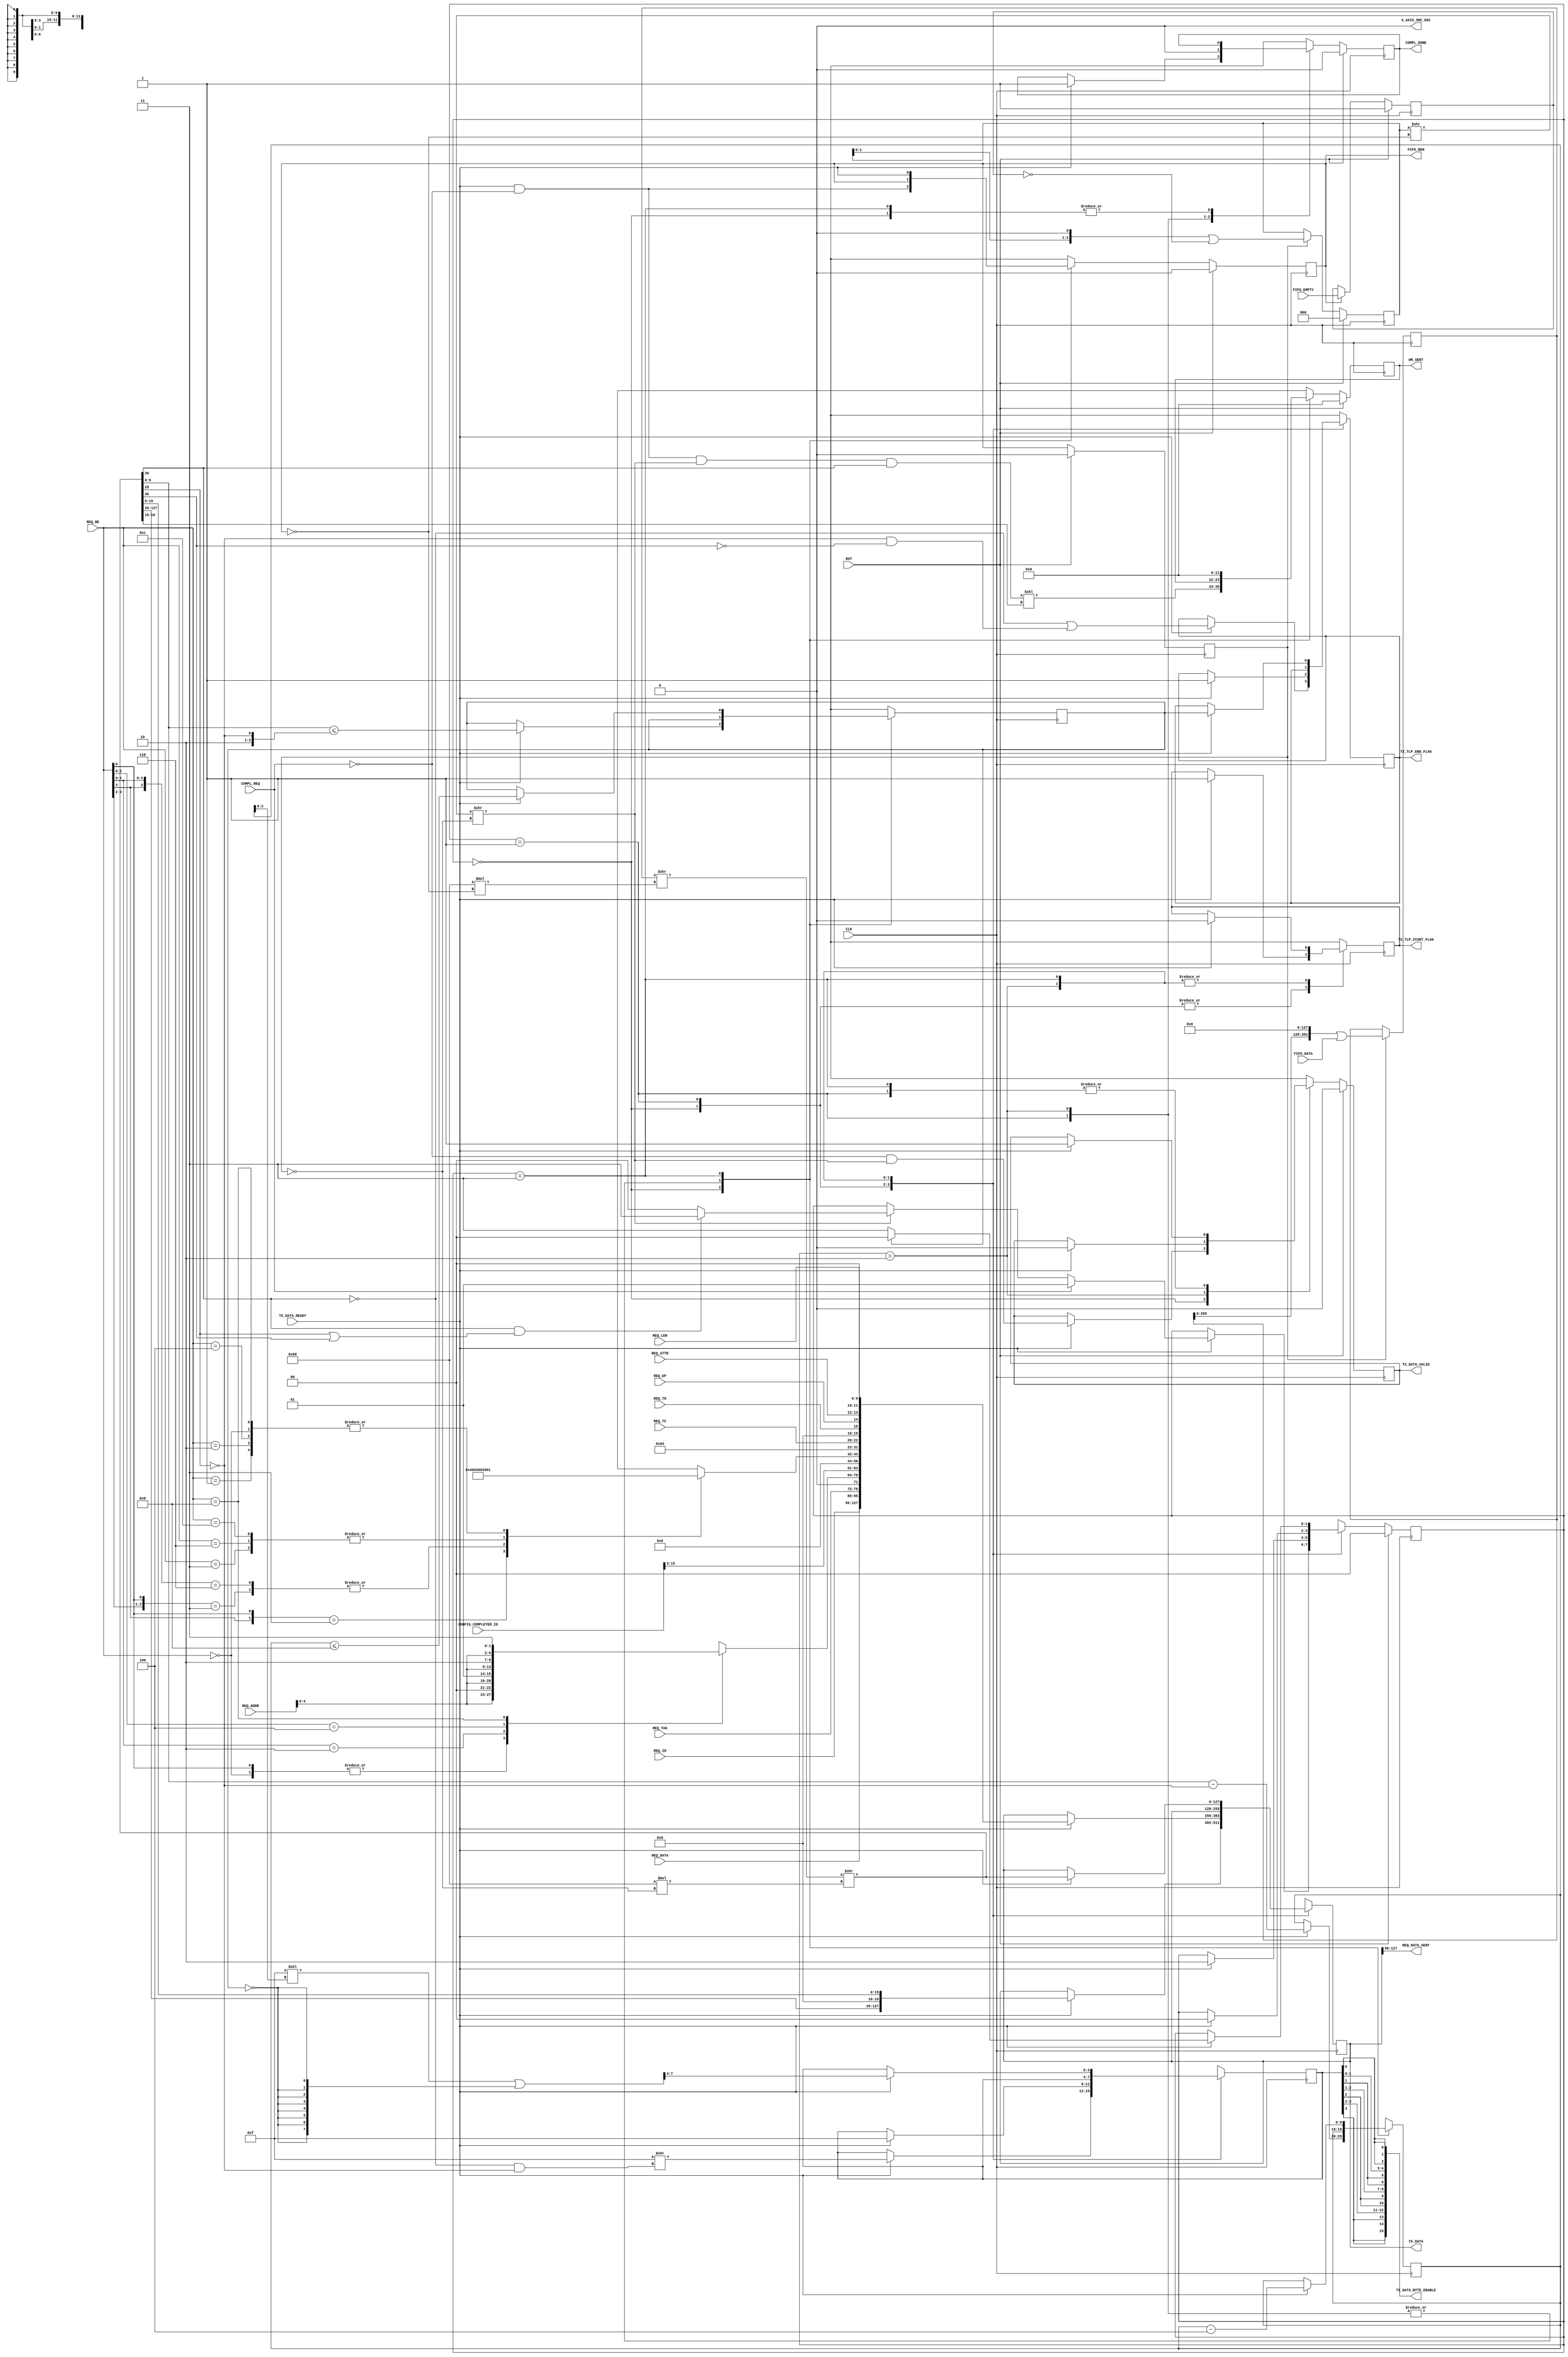
`timescale 1ns/1ns
//----------------------------------------------------------------------------
// This software is Copyright  2012 The Regents of the University of 
// California. All Rights Reserved.
//
// Permission to copy, modify, and distribute this software and its 
// documentation for educational, research and non-profit purposes, without 
// fee, and without a written agreement is hereby granted, provided that the 
// above copyright notice, this paragraph and the following three paragraphs 
// appear in all copies.
//
// Permission to make commercial use of this software may be obtained by 
// contacting:
// Technology Transfer Office
// 9500 Gilman Drive, Mail Code 0910
// University of California
// La Jolla, CA 92093-0910
// (858) 534-5815
// invent@ucsd.edu
// 
// This software program and documentation are copyrighted by The Regents of 
// the University of California. The software program and documentation are 
// supplied "as is", without any accompanying services from The Regents. The 
// Regents does not warrant that the operation of the program will be 
// uninterrupted or error-free. The end-user understands that the program was 
// developed for research purposes and is advised not to rely exclusively on 
// the program for any reason.
// 
// IN NO EVENT SHALL THE UNIVERSITY OF CALIFORNIA BE LIABLE TO
// ANY PARTY FOR DIRECT, INDIRECT, SPECIAL, INCIDENTAL, OR
// CONSEQUENTIAL DAMAGES, INCLUDING LOST PROFITS, ARISING
// OUT OF THE USE OF THIS SOFTWARE AND ITS DOCUMENTATION,
// EVEN IF THE UNIVERSITY OF CALIFORNIA HAS BEEN ADVISED OF
// THE POSSIBILITY OF SUCH DAMAGE. THE UNIVERSITY OF
// CALIFORNIA SPECIFICALLY DISCLAIMS ANY WARRANTIES,
// INCLUDING, BUT NOT LIMITED TO, THE IMPLIED WARRANTIES OF
// MERCHANTABILITY AND FITNESS FOR A PARTICULAR PURPOSE.
// THE SOFTWARE PROVIDED HEREUNDER IS ON AN "AS IS" BASIS, 
// AND THE UNIVERSITY OF CALIFORNIA HAS NO OBLIGATIONS TO
// PROVIDE MAINTENANCE, SUPPORT, UPDATES, ENHANCEMENTS, OR
// MODIFICATIONS.
//----------------------------------------------------------------------------
//----------------------------------------------------------------------------
// Version:				1.00.a
// Verilog Standard:	Verilog-2001
// Description:			Transmit engine for completion requests and pre-formatted
// PCIe read/write data. Muxes traffic for the AXI interface on the Xilinx PCIe 
// Endpoint core.
// History:				@mattj: Version 2.0
// Additional Comments: Very good PCIe header reference:
// http://www.pzk-agro.com/0321156307_ch04lev1sec5.html#ch04lev4sec14
// Also byte swap each payload word due to Xilinx incorrect mapping, see
// http://forums.xilinx.com/t5/PCI-Express/PCI-Express-payload-required-to-be-Big-Endian-by-specification/td-p/285551
//-----------------------------------------------------------------------------
`define FMT_TXENGLWR128_CPLD	7'b10_01010

`define S_TXENGLWR128_IDLE		2'd0
`define S_TXENGLWR128_CPLD_0	2'd1
`define S_TXENGLWR128_CPLD_1	2'd2
`define S_TXENGLWR128_WR		2'd3

module tx_engine_lower_128 #(
	parameter C_PCI_DATA_WIDTH = 9'd128,
	parameter C_NUM_CHNL = 4'd12,
	parameter C_ALTERA = 1'b1
)
(
	input CLK,
	input RST,

	input [15:0] CONFIG_COMPLETER_ID,

	output [C_PCI_DATA_WIDTH-1:0] TX_DATA,					// AXI data output 
	output [(C_PCI_DATA_WIDTH/8)-1:0] TX_DATA_BYTE_ENABLE,	// AXI data keep
	output TX_TLP_END_FLAG,									// AXI data last
	output TX_DATA_VALID,									// AXI data valid
	output S_AXIS_SRC_DSC,									// AXI data discontinue
    output TX_TLP_START_FLAG,								// AXI data start
	input TX_DATA_READY,									// AXI ready for data

	input COMPL_REQ,										// RX Engine request for completion
	output COMPL_DONE,										// Completion done
	input [2:0] REQ_TC,
	input REQ_TD,
	input REQ_EP,
	input [1:0] REQ_ATTR,
	input [9:0] REQ_LEN,
	input [15:0] REQ_ID,
	input [7:0] REQ_TAG,
	input [3:0] REQ_BE,
	input [29:0] REQ_ADDR,
	input [31:0] REQ_DATA,
	output [31:0] REQ_DATA_SENT,							// Actual completion data sent

	input [C_PCI_DATA_WIDTH-1:0] FIFO_DATA,					// Read/Write FIFO requests + data
	input FIFO_EMPTY,										// Read/Write FIFO is empty
	output FIFO_REN,										// Read/Write FIFO read enable
	output [C_NUM_CHNL-1:0] WR_SENT 						// Pulsed at channel pos when write request sent
    );


reg [11:0]                         rByteCount=0;
reg [6:0]                          rLowerAddr=0;

reg                                rFifoRen=0, _rFifoRen=0;
reg                                rFifoRenIssued=0, _rFifoRenIssued=0;
reg                                rFifoDataEmpty=1, _rFifoDataEmpty=1;
reg [2:0]                          rFifoDataValid=0, _rFifoDataValid=0;
reg [(3*C_PCI_DATA_WIDTH)-1:0]     rFifoData={3*C_PCI_DATA_WIDTH{1'd0}}, _rFifoData={3*C_PCI_DATA_WIDTH{1'd0}};
wire [(3*C_PCI_DATA_WIDTH)-1:0]    wFifoData = (rFifoData>>(C_PCI_DATA_WIDTH*(!rFifoRen)))>>(C_PCI_DATA_WIDTH*(!rFifoRenIssued));
wire [2:0]                         wFifoDataValid = (rFifoDataValid>>(!rFifoRen))>>(!rFifoRenIssued);

reg [1:0]                          rState=`S_TXENGLWR128_IDLE, _rState=`S_TXENGLWR128_IDLE;
reg                                rComplDone=0, _rComplDone=0;
reg                                rValid=0, _rValid=0;
reg [C_PCI_DATA_WIDTH-1:0]         rData={C_PCI_DATA_WIDTH{1'd0}}, _rData={C_PCI_DATA_WIDTH{1'd0}};
reg                                rLast=0, _rLast=0;
reg                                rFirst=0, _rFirst=0;
reg [3:0]                          rKeep=0, _rKeep=0;
reg [C_NUM_CHNL-1:0]               rDone=0, _rDone=0;
reg [9:0]                          rLen=0, _rLen=0;
reg                                rIsLast=0, _rIsLast=0;
wire [31:0]                        wReqDataSwap;
wire [7:0]                         wKeep = (8'b00001111<<(rLen[2:0])) | {8{!rIsLast}};			


assign TX_DATA = rData;
assign TX_DATA_BYTE_ENABLE = {{4{rKeep[3]}}, {4{rKeep[2]}}, {4{rKeep[1]}}, {4{rKeep[0]}}};
assign TX_TLP_END_FLAG = rLast;
assign TX_TLP_START_FLAG = rFirst;
assign TX_DATA_VALID = rValid;
assign S_AXIS_SRC_DSC = 0;

assign COMPL_DONE = rComplDone;

generate
if(C_ALTERA == 1'b1) begin : altera_data
	assign REQ_DATA_SENT = rData[127:96];
	assign wReqDataSwap = REQ_DATA[31:0];
end 
else begin : xilinx_data
	assign REQ_DATA_SENT = {rData[103:96], rData[111:104], rData[119:112], rData[127:120]};
	assign wReqDataSwap = {REQ_DATA[7:0], REQ_DATA[15:8], REQ_DATA[23:16], REQ_DATA[31:24]};
end
endgenerate
   

assign FIFO_REN = rFifoRen;
assign WR_SENT = rDone;


// Calculate byte count based on byte enable
always @ (REQ_BE) begin
	casex (REQ_BE)
	4'b1xx1 : rByteCount = 12'h004;
	4'b01x1 : rByteCount = 12'h003;
	4'b1x10 : rByteCount = 12'h003;
	4'b0011 : rByteCount = 12'h002;
	4'b0110 : rByteCount = 12'h002;
	4'b1100 : rByteCount = 12'h002;
	4'b0001 : rByteCount = 12'h001;
	4'b0010 : rByteCount = 12'h001;
	4'b0100 : rByteCount = 12'h001;
	4'b1000 : rByteCount = 12'h001;
	4'b0000 : rByteCount = 12'h001;
	endcase
end


// Calculate lower address based on byte enable
always @ (REQ_BE or REQ_ADDR) begin
	casex (REQ_BE)
	4'b0000 : rLowerAddr = {REQ_ADDR[4:0], 2'b00};
	4'bxxx1 : rLowerAddr = {REQ_ADDR[4:0], 2'b00};
	4'bxx10 : rLowerAddr = {REQ_ADDR[4:0], 2'b01};
	4'bx100 : rLowerAddr = {REQ_ADDR[4:0], 2'b10};
	4'b1000 : rLowerAddr = {REQ_ADDR[4:0], 2'b11};
	endcase
end


// Read in the pre-formatted PCIe data.
always @ (posedge CLK) begin
	rFifoRenIssued <= #1 (RST ? 1'd0 : _rFifoRenIssued);
	rFifoDataValid <= #1 (RST ? 1'd0 : _rFifoDataValid);
	rFifoDataEmpty <= #1 (RST ? 1'd1 : _rFifoDataEmpty);
	rFifoData <= #1 _rFifoData;
end

always @ (*) begin
	_rFifoRenIssued = rFifoRen;
	_rFifoDataEmpty = (rFifoRen ? FIFO_EMPTY : rFifoDataEmpty);

	if (rFifoRenIssued) begin
		_rFifoData = ((rFifoData<<(C_PCI_DATA_WIDTH)) | FIFO_DATA);
		_rFifoDataValid = ((rFifoDataValid<<1) | (!rFifoDataEmpty));
	end
	else begin
		_rFifoData = rFifoData;
		_rFifoDataValid = rFifoDataValid;
	end
end


// Multiplex completion requests and read/write pre-formatted PCIe data onto
// the AXI PCIe Endpoint interface. Remember that TX_DATA_READY may drop at
// *any* time during transmission. So be sure to buffer enough data to 
// accommodate starts and stops.
always @ (posedge CLK) begin
	rState <= #1 (RST ? `S_TXENGLWR128_IDLE : _rState);
	rComplDone <= #1 (RST ? 1'd0 : _rComplDone);
	rValid <= #1 (RST ? 1'd0 : _rValid);
	rFifoRen <= #1 (RST ? 1'd0 : _rFifoRen);
	rDone <= #1 (RST ? {C_NUM_CHNL{1'd0}} : _rDone);
	rData <= #1 _rData;
	rLast <= #1 _rLast;
	rKeep <= #1 _rKeep;
	rLen <= #1 _rLen;
	rIsLast <= #1 _rIsLast;
	rFirst <= #1 _rFirst;
end

always @ (*) begin
	_rState = rState;
	_rComplDone = rComplDone;
	_rValid = rValid;
	_rFifoRen = rFifoRen;
	_rData = rData;
	_rLast = rLast;
	_rKeep = rKeep;
	_rDone = rDone;
	_rLen = rLen;
	_rIsLast = rIsLast;
	_rFirst = rFirst;
  
	case (rState) 

	`S_TXENGLWR128_IDLE : begin
		_rFifoRen = (TX_DATA_READY & !COMPL_REQ);
		_rDone = ((TX_DATA_READY & !COMPL_REQ & wFifoDataValid[0] & wFifoData[30])<<wFifoData[19:16]); // CHNL buried in header
		if (TX_DATA_READY) begin // Check for throttling
			_rData = {wFifoData[127:20], 4'd0, wFifoData[15:0]}; // Revert the reserved 4 bits back to 0.
			_rValid = (!COMPL_REQ & wFifoDataValid[0]);
			_rFirst = 1;
			_rLast = (!wFifoData[30] | (!wFifoData[29] & !wFifoData[36])); // Not WRITE TLP or (!64 bit & !(LEN != 1))
			_rKeep = (4'b1111>>(!wFifoData[30] & !wFifoData[29])); // Not WRITE TLP && !64 bit 
			_rLen = wFifoData[9:0] - !wFifoData[29]; // LEN - !64 bit
			_rIsLast = (wFifoData[9:0] <= {1'b1, 1'b0, !wFifoData[29]}); // LEN <= 4 + !64 bit
			if (COMPL_REQ) // PIO read completions
				_rState = `S_TXENGLWR128_CPLD_0;
			else if (wFifoDataValid[0]) // Read FIFO data if it's ready
				_rState = (wFifoData[30] & (wFifoData[29] | wFifoData[36]) ? `S_TXENGLWR128_WR : `S_TXENGLWR128_IDLE); // WRITE TLP & (64 bit | LEN != 1)?
		end
	end

	`S_TXENGLWR128_CPLD_0 : begin
		if (TX_DATA_READY) begin // Check for throttling
			_rComplDone = 1;
			_rValid = 1;
			_rLast = 1;
			_rFirst = 1;
			_rKeep = 4'b1111;
			_rData = {wReqDataSwap,														// DW3
						REQ_ID, REQ_TAG, 1'b0, rLowerAddr,								// DW2
						CONFIG_COMPLETER_ID[15:3], 3'b0, 3'b0, 1'b0, rByteCount,		// DW1
						1'b0, `FMT_TXENGLWR128_CPLD, 1'b0, REQ_TC, 4'b0, REQ_TD,
						REQ_EP, REQ_ATTR, 2'b0, REQ_LEN};								// DW0
			_rState = `S_TXENGLWR128_CPLD_1;
		end
	end

	`S_TXENGLWR128_CPLD_1 : begin
		// Just wait a cycle for the COMP_REQ to drop.
		_rComplDone = 0;
		if (TX_DATA_READY) begin // Check for throttling
			_rFirst = 0;
			_rValid = 0;
			_rState = `S_TXENGLWR128_IDLE;
		end
	end

	`S_TXENGLWR128_WR : begin
		_rFifoRen = TX_DATA_READY;
		_rDone = 0;
		if (TX_DATA_READY) begin // Check for throttling
			_rFirst = 0;
			_rData = wFifoData[127:0];
			_rValid = 1;
			_rLast = rIsLast;
			_rKeep = wKeep[7:4];			
			_rLen = rLen - 3'd4;
			_rIsLast = (rLen <= 4'd8);
			_rState = (rIsLast ? `S_TXENGLWR128_IDLE : `S_TXENGLWR128_WR);
		end
	end

	endcase
end



/*
wire [35:0] wControl0;
chipscope_icon_1 cs_icon(
	.CONTROL0(wControl0)
);

chipscope_ila_t8_512_max a0(
	.CLK(CLK), 
	.CONTROL(wControl0), 
	.TRIG0({!COMPL_REQ, FIFO_EMPTY, wFifoData[30], TX_DATA_READY, wFifoDataValid[0], 1'd0, rState}),
	.DATA({223'd0,
			1'd0, // 1
			6'd0, // 6
			FIFO_EMPTY, // 1
			TX_TLP_END_FLAG, // 1
			TX_DATA_BYTE_ENABLE, // 16
			TX_DATA, // 128
			wFifoData, // 128
			wFifoDataValid[0], // 1
			COMPL_REQ, // 1
			rFifoRen, // 1
			TX_DATA_VALID, // 1
			TX_DATA_READY, // 1
			1'd0, // 1
			rState}) // 2
);
*/


endmodule